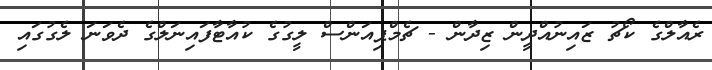
ރެއާލްގެ ކޯޗު ޒައިނުއްދީން ޒިދާން - ޗެމްޕިއަންސް ލީގުގެ ކުއާޓާފައިނަލްގެ ދެވަނަ ލެގުގައި